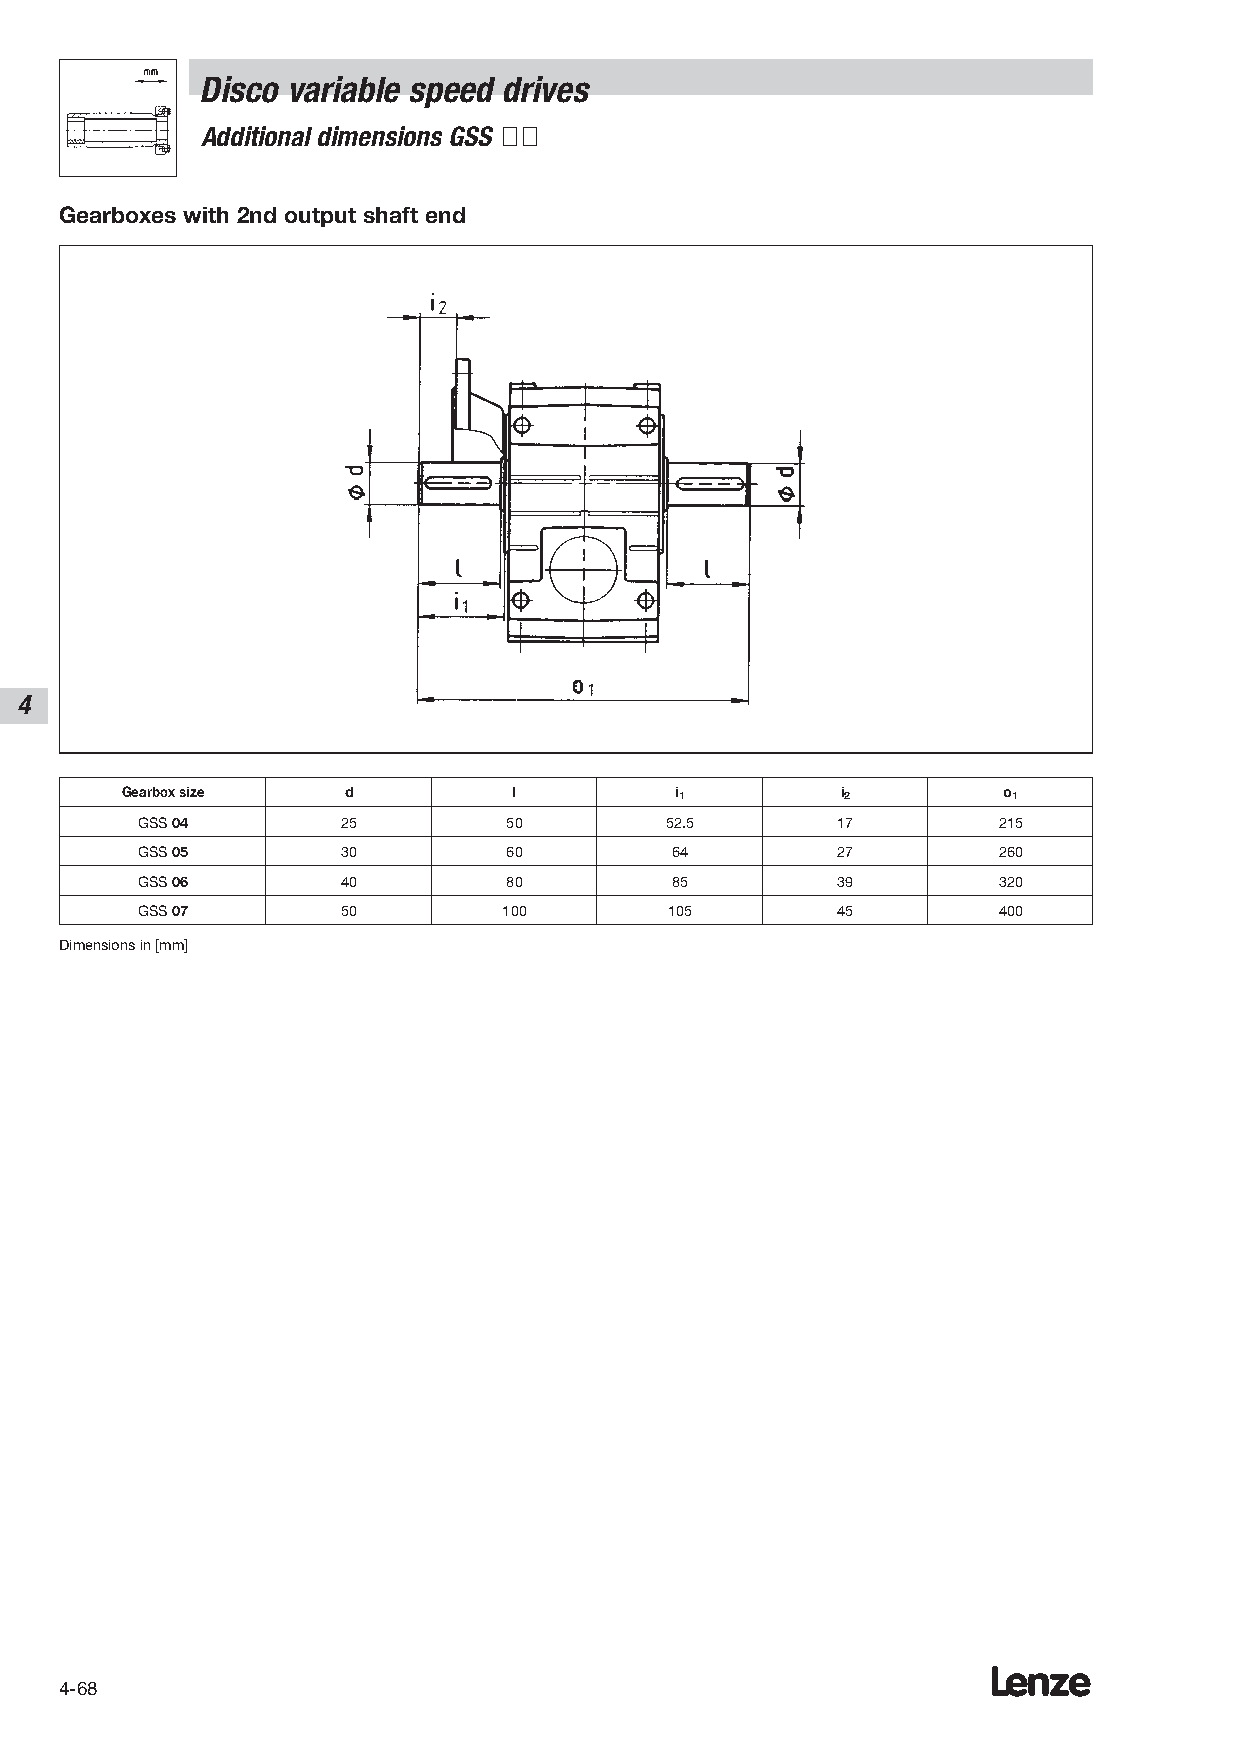
Disco variable speed drives
 Additional dimensions GSS ÇÇ
 Gearboxes with 2nd output shaft end
 4
 Gearbox size   d          l          i1         i2        o1
 GSS 04        25         50        52.5       17         215
 GSS 05        30         60        64         27         260
 GSS 06        40         80        85         39         320
 GSS 07        50        100        105        45         400
 Dimensions in [mm]
 Lenze
 4-68